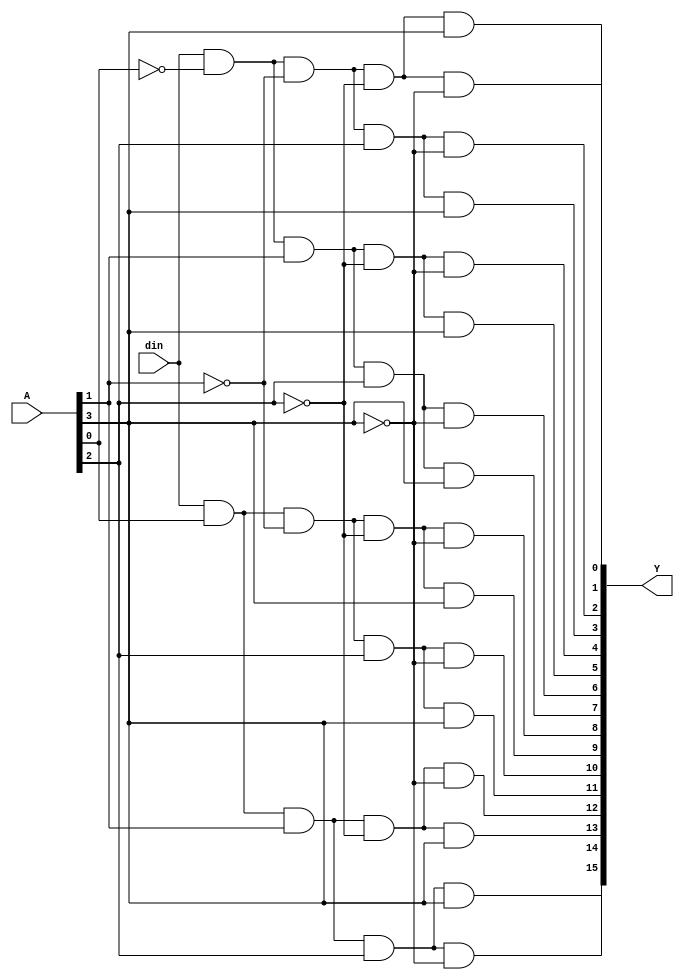
`timescale 1ns / 1ps
module Demultiplexer_1_to_16_assign(output [15:0] Y, input [3:0] A, input din);
assign Y[0] = din & (~A[0]) & (~A[1])&(~A[2]) & (~A[3]);
assign Y[1] = din & (~A[0]) & (~A[1])&(~A[2]) & (A[3]);
assign Y[2] = din & (~A[0]) & (~A[1])&(A[2]) & (~A[3]);
assign Y[3] = din & (~A[0]) & (~A[1])&(A[2]) & (A[3]);
assign Y[4] = din & (~A[0]) & (A[1])&(~A[2]) & (~A[3]);
assign Y[5] = din & (~A[0]) & (A[1])&(~A[2]) & (A[3]);
assign Y[6] = din & (~A[0]) & (A[1])&(A[2]) & (~A[3]);
assign Y[7] = din & (~A[0]) & (A[1])&(A[2]) & (A[3]);
assign Y[8] = din & (A[0]) & (~A[1])&(~A[2]) & (~A[3]);
assign Y[9] = din & (A[0]) & (~A[1])&(~A[2]) & (A[3]);
assign Y[10] = din & (A[0]) & (~A[1])&(A[2]) & (~A[3]);
assign Y[11] = din &(A[0]) & (~A[1])&(A[2]) & (A[3]);
assign Y[12] = din & (A[0]) & (A[1])&(~A[2]) & (~A[3]);
assign Y[13] = din & (A[0]) & (A[1])&(~A[2]) & (A[3]);
assign Y[14] = din & (A[0]) & (A[1])&(A[2]) & (~A[3]);
assign Y[15] = din & (A[0]) & (A[1])&(A[2]) & (A[3]);
endmodule